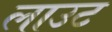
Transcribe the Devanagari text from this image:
लाउट